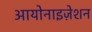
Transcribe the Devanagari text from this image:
आयोनाइज़ेशन